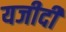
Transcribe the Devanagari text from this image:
यजीदी